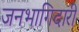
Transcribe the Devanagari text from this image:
जनभागिदारी